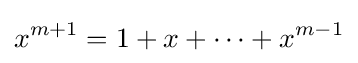
x^{m+1}=1+x+\dots +x^{m-1}